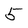
Character: 5